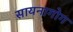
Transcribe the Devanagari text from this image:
सायनागोग